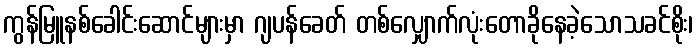
ကွန်မြူနစ်ခေါင်းဆောင်များမှာ ဂျပန်ခေတ် တစ်လျှောက်လုံးတောခိုနေခဲ့သောသခင်စိုး၊